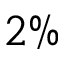
2 \%